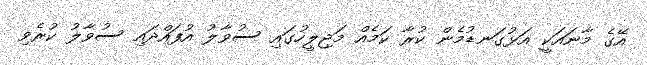
އޭގެ މާނައަކީ އަޅުގަނޑުމެން ކުރާ ކަމެއް މަޖިލީހުގައި ސުވާލު އުފައްދައި ސުވާލު ކުރެވި